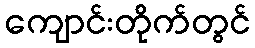
ကျောင်းတိုက်တွင်